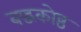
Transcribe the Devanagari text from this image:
बद्धकोष्ठ